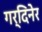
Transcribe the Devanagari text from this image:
गर्दिनेर